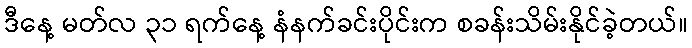
ဒီနေ့ မတ်လ ၃၁ ရက်နေ့ နံနက်ခင်းပိုင်းက စခန်းသိမ်းနိုင်ခဲ့တယ်။